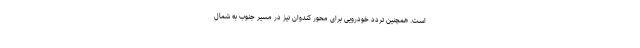
است. همچنین تردد خودرویی برای محور کندوان نیز در مسیر جنوب به شمال